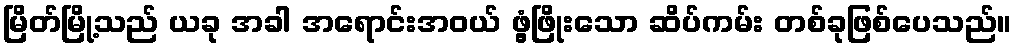
မြိတ်မြို့သည် ယခု အခါ အရောင်းအဝယ် ဖွံ့ဖြိုးသော ဆိပ်ကမ်း တစ်ခုဖြစ်ပေသည်။